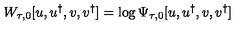
W _ { \tau , 0 } [ u , u ^ { \dagger } , { v } , { v } ^ { \dagger } ] = \log \Psi _ { \tau , 0 } [ u , u ^ { \dagger } , { v } , { v } ^ { \dagger } ]